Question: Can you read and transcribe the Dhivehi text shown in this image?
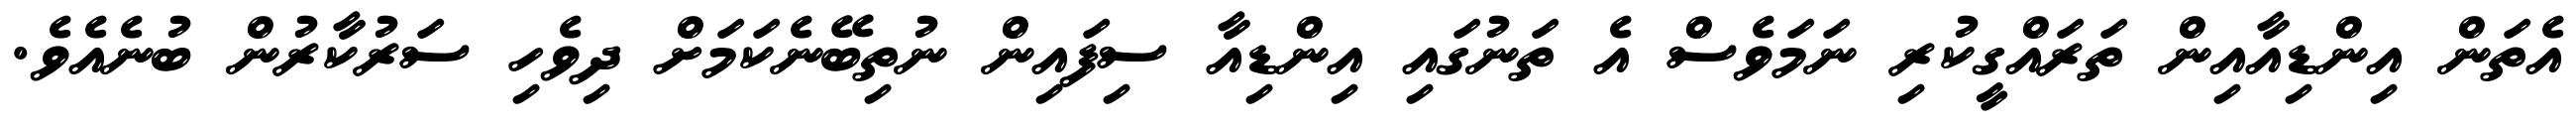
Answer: އެތަން އިންޑިއާއިން ތަރައްގީކުރި ނަމަވެސް އެ ތަނުގައި އިންޑިއާ ސިފައިން ނުތިބޭނެކަމަށް ދިވެހި ސަރުކާރުން ބުނެއެވެ.